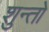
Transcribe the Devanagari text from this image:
शुन्तो